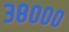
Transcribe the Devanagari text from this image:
३८०००